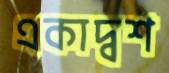
একাদ্বশ